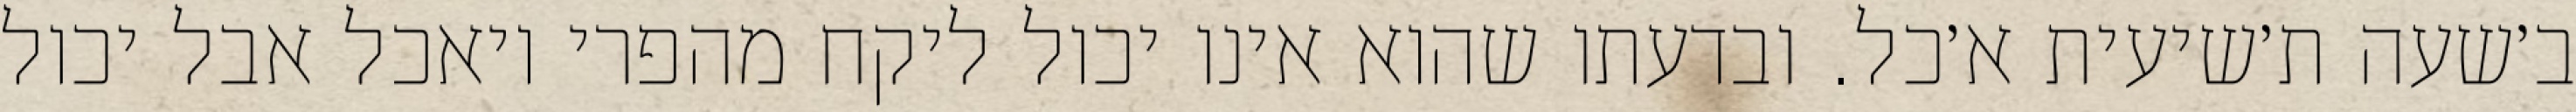
ב׳שעה ת׳שיעית א׳כל. ובדעתו שהוא אינו יכול ליקח מהפרי ויאכל אבל יכול